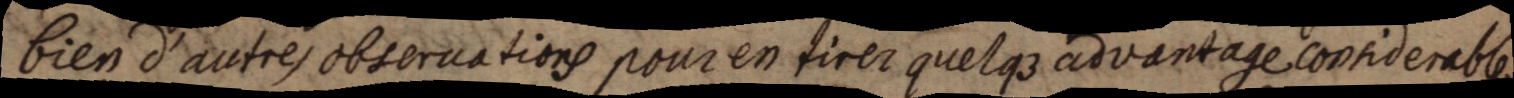
bien d’autres observations pour en tirer quelque advantage considerable